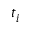
t _ { i }